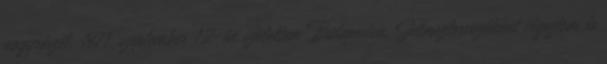
nagyrészét. 1971. szeptember 12-én születtem Budapesten. Jelmeztervezőként végeztem és